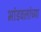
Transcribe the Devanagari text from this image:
भांडवलांच्या